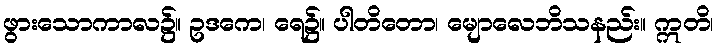
ဖွားသောကာလ၌။ ဥဒကေ၊ ရေ၌။ ပါတိတော၊ မျောလေဘိသနည်း။ ဣတိ၊